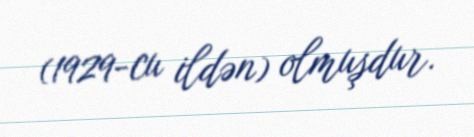
(1929-cu ildən) olmuşdur.